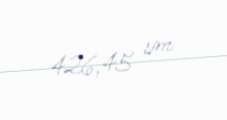
426,45 sm